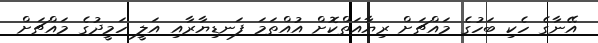
އޭނާގެ ހެކި ބަހުގެ މައްޗަށް ރިޔާއަތްކޮށް އުއްތަމަ ފަނޑިޔާރާއި އަލީ ހަމީދުގެ މައްޗަށް